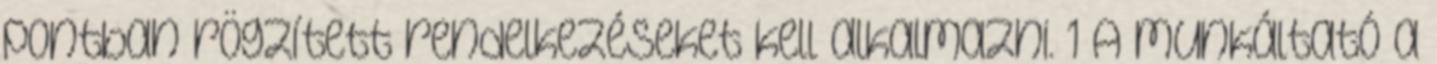
pontban rögzített rendelkezéseket kell alkalmazni. 1 A munkáltató a